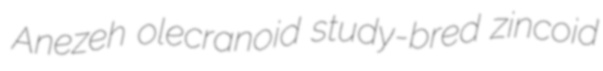
Anezeh olecranoid study-bred zincoid